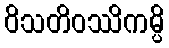
ဝိသတိဝဿိကမ္ပိ